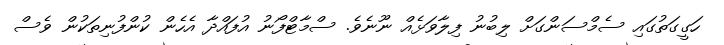
ހަގީގަތުގައި ސެމްސަންގަށް ލިބުނު ފިލާވަޅެއް ނޫނެވެ. ސްމާޓްފޯނު އުފައްދާ އެހެން ކުންފުނިތަކުން ވެސް